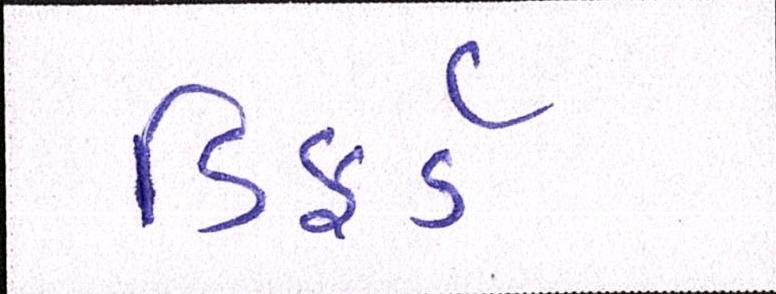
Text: ડિફર્ડ